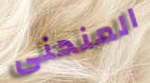
المنحنى